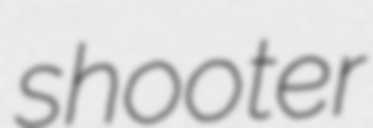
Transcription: shooter